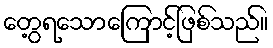
တွေ့ရသောကြောင့်ဖြစ်သည်။